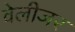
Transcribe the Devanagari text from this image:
वेलीजर